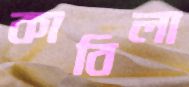
কাবিলা